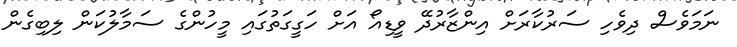
ނަމަވެސް ދިވެހި ސަރުކާރަށް އިންޒާރުދޭ ވީޑިއޯ އަށް ހަގީގަތުގައި މީހުންގެ ސަމާލުކަން ލިބިގެން